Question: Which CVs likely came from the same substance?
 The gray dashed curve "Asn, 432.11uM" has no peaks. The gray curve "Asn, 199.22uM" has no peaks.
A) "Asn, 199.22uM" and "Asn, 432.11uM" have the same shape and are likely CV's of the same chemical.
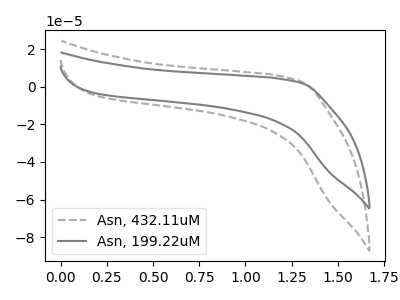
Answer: <think>Neither "Asn, 432.11uM" or "Asn, 199.22uM" have any peaks.
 </think>
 <answer>A) "Asn, 199.22uM" and "Asn, 432.11uM" have the same shape and are likely CV's of the same chemical.</answer>
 <eval>A</eval>